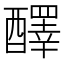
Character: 醳